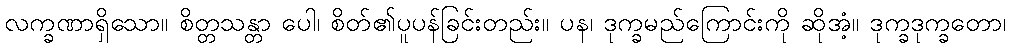
လက္ခဏာရှိသော။ စိတ္တသန္တာ ပေါ၊ စိတ်၏ပူပန်ခြင်းတည်း။ ပန၊ ဒုက္ခမည်ကြောင်းကို ဆိုအံ့။ ဒုက္ခဒုက္ခတော၊